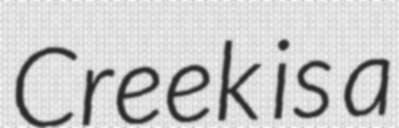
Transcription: Creek is a